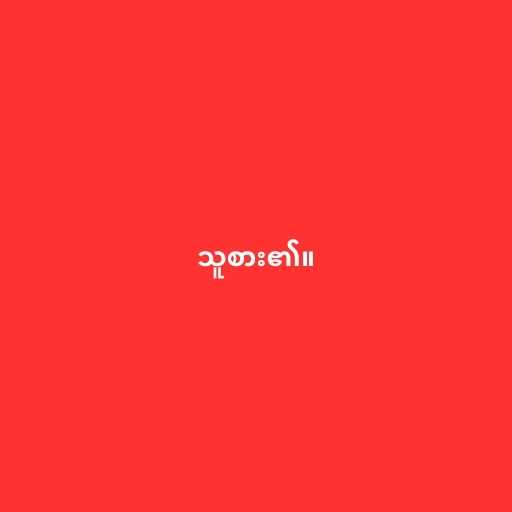
သူစား၏။